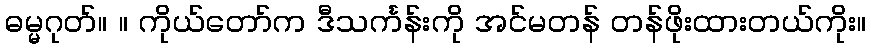
ဓမ္မဂုတ်။ ။ ကိုယ်တော်က ဒီသင်္ကန်းကို အင်မတန် တန်ဖိုးထားတယ်ကိုး။